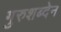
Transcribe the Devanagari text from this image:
गुरुशब्देन